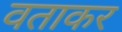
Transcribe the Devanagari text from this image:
वताकर